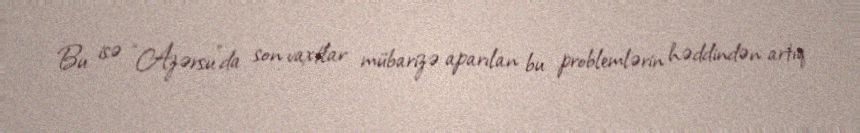
Bu isə “Azərsu”da son vaxtlar mübarizə aparılan bu problemlərin həddindən artıq